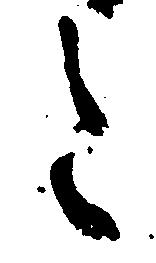
令